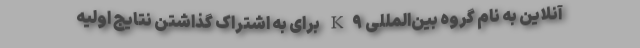
آنلاین به نام گروه بین‌المللی K۹ برای به اشتراک گذاشتن نتایج اولیه